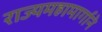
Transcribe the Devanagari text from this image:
राज्यमहामार्गाने